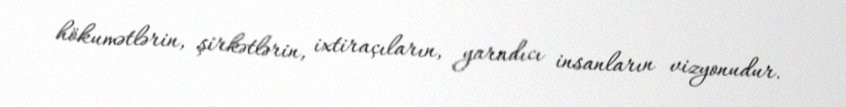
hökumətlərin, şirkətlərin, ixtiraçıların, yaradıcı insanların vizyonudur.